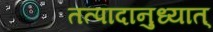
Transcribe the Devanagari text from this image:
तत्पादानुध्यात्